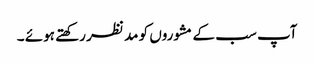
آپ سب کے مشوروں کو مد نظر رکھتے ہوئے ۔